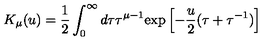
K _ { \mu } ( u ) = \frac 1 2 \int _ { 0 } ^ { \infty } d \tau \tau ^ { \mu - 1 } \mathrm { e x p } \left[ - \frac u 2 ( \tau + \tau ^ { - 1 } ) \right]